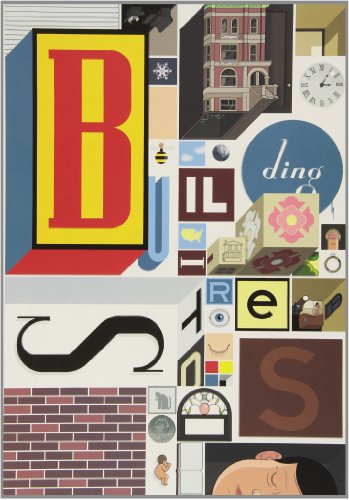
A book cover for Building Stories; Chris Ware; Comics & Graphic Novels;